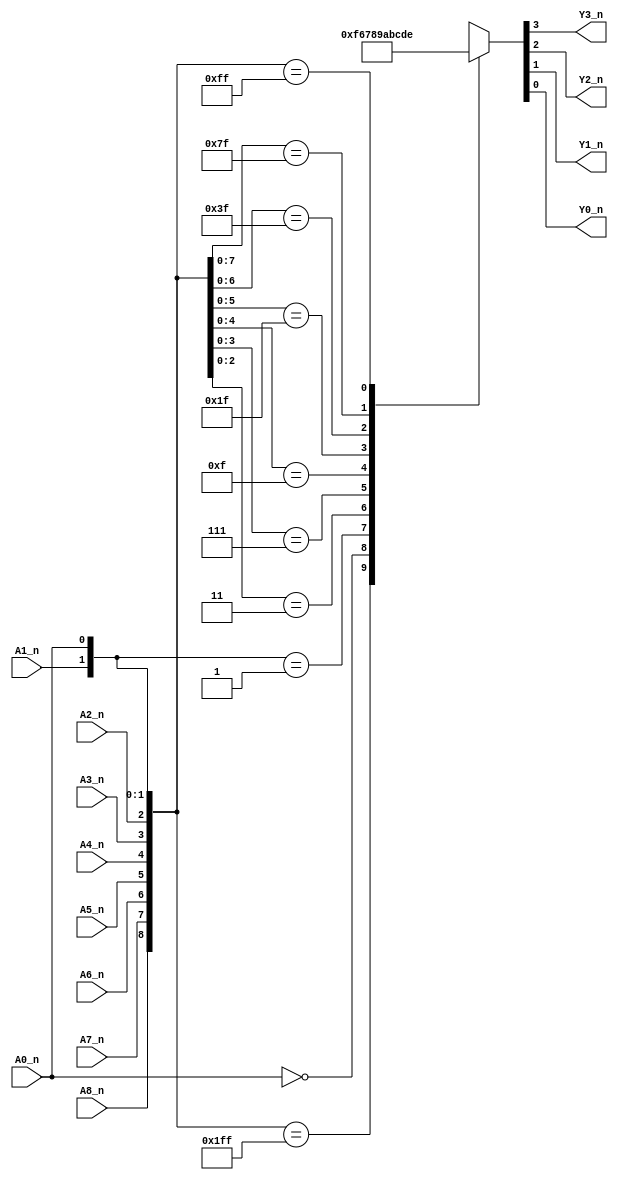
module priority_encoder_10_to_4_74HC(input A0_n, A1_n, A2_n, A3_n, A4_n, A5_n, A6_n, A7_n, A8_n, output reg Y3_n, Y2_n, Y1_n, Y0_n);
	//The module implements a 10 to 4 line priority encoder with part number 74HC/HCT147
	
	wire [8:0] ABus= {A8_n, A7_n, A6_n, A5_n, A4_n, A3_n, A2_n, A1_n, A0_n};
	
	always @(*) begin
		casex(ABus)
			9'b1_1111_1111: {Y3_n, Y2_n, Y1_n, Y0_n} = 4'b1111;
			
			9'bx_xxxx_xxx0: {Y3_n, Y2_n, Y1_n, Y0_n} = 4'b0110;
			9'bx_xxxx_xx01: {Y3_n, Y2_n, Y1_n, Y0_n} = 4'b0111;
			9'bx_xxxx_x011: {Y3_n, Y2_n, Y1_n, Y0_n} = 4'b1000;
			9'bx_xxxx_0111: {Y3_n, Y2_n, Y1_n, Y0_n} = 4'b1001;
			
			9'bx_xxx0_1111: {Y3_n, Y2_n, Y1_n, Y0_n} = 4'b1010;
			9'bx_xx01_1111: {Y3_n, Y2_n, Y1_n, Y0_n} = 4'b1011;
			9'bx_x011_1111: {Y3_n, Y2_n, Y1_n, Y0_n} = 4'b1100;
			9'bx_0111_1111: {Y3_n, Y2_n, Y1_n, Y0_n} = 4'b1101;
			
			9'b0_1111_1111: {Y3_n, Y2_n, Y1_n, Y0_n} = 4'b1110;
		endcase
	end
	
endmodule // priority_encoder_10_to_4_74HC